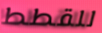
للقطط